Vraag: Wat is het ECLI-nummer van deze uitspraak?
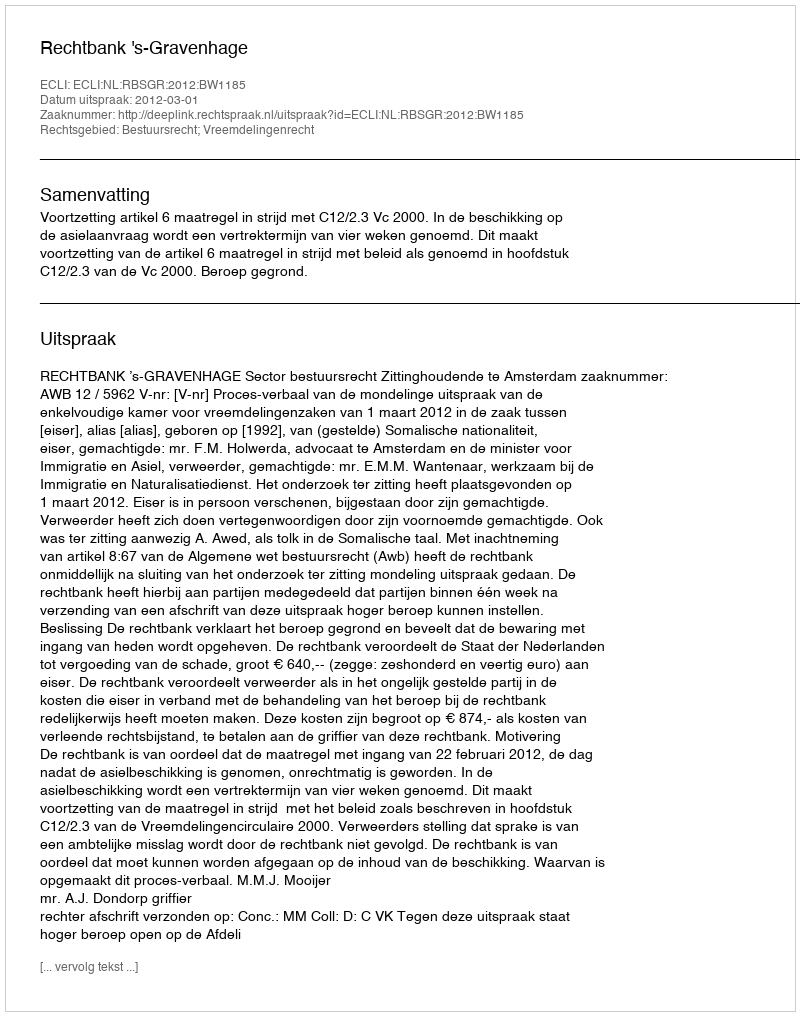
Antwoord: ECLI:NL:RBSGR:2012:BW1185